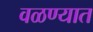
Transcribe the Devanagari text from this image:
वळण्यात